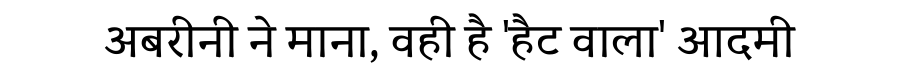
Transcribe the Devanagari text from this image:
अबरीनी ने माना, वही है 'हैट वाला' आदमी